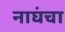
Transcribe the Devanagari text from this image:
नाघंचा